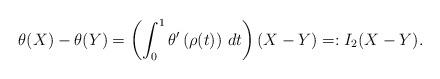
LaTeX: \begin{align*} \theta(X) - \theta(Y) = \left( \int_0^1 \theta'\left( \rho(t) \right) \, dt \right) (X-Y) =: I_2 (X - Y).\end{align*}